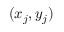
( x _ { j } , y _ { j } )